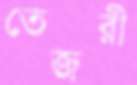
তেজরী